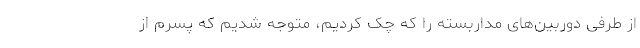
از طرفی دوربین‌های مداربسته را که چک کردیم، متوجه شدیم که پسرم از